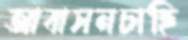
আবাসনচাহি